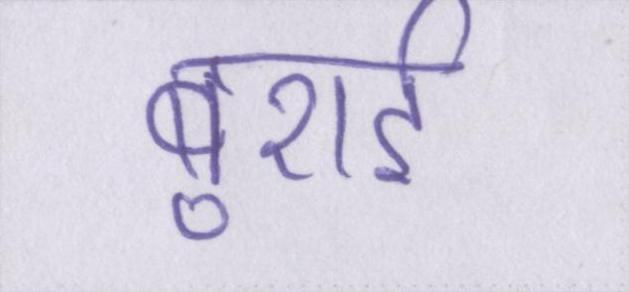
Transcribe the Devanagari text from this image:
बुराई